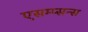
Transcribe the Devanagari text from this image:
एसम्प्सन्स